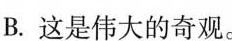
B.这是伟大的奇观。